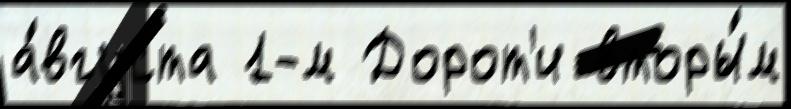
а́вгуста 1-м Дорот'и вторы́м